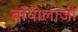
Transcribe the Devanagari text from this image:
बॉयोलाजी